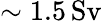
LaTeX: \sim 1.5\, \mathrm{Sv}